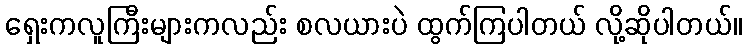
ရှေးကလူကြီးများကလည်း စလယားပဲ ထွက်ကြပါတယ် လို့ဆိုပါတယ်။